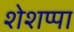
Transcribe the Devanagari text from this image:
शेशप्पा